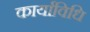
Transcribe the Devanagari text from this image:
कार्याविधि